Scottish Certificate of Education, 1962
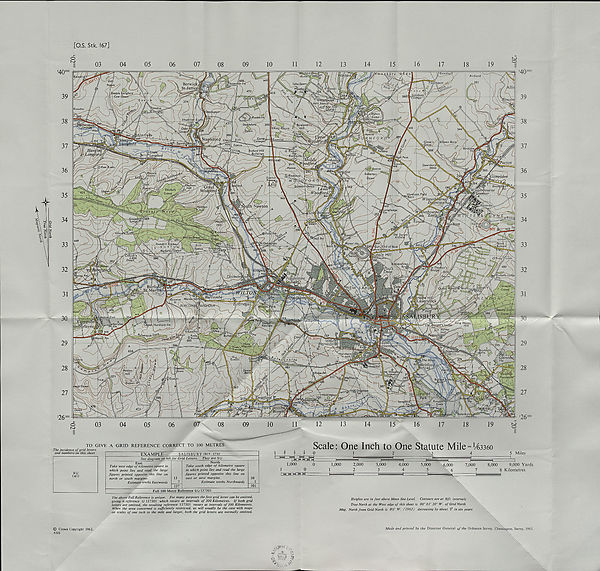
Grid North
True North
[O.S. Stk. 167]
10
11
12
13
14
15
16
17
TO GIVE A GRID REFERENCE CORRECT TO 100 METRES
The incidence of grid letters
and numbers on this sheet
EXAMPLE
SALISBURY (RW STA)
See diagram on left for Grid Letters. They are S U
East
Take west edge of kilometre square in
which point lies and read the large
figures printed opposite this line on
north or south margins.
Estimate tenths Eastwards
137
North
Take south edge of kilometre square
in which point lies and read the large
figures printed opposite this line on
east or west margins.
Estimate tenths Northwards
30 L
301
Full 100 Metre Reference SU 137301
Scale: One Inch to One Statute Mile 1143360
1 i ± i 0
1
2
3
4
5 Miles
1,000
0
1
0
| M H H bn4
1,000
4,000
5,000
4
5
6,000
6
7,000
8,000
9,000 Yards
7
8 Kilometres
The above Full Reference is unique. For many purposes the first grid letter can be omitted,
giving a reference U 137301 which recurs at intervals of 500 Kilometres. If both grid
letters are omitted, the resulting reference 137301 recurs at intervals of 100 Kilometres.
When the area concerned is sufficiently restricted, as will usually be the case with maps
on scales of one inch to the mile and larger, both the grid letters are normally omitted.
Heights are in feet above Mean Sea Level. Contours are at 50ft. intervals
True North at the West edge of this sheet is 00° OF 20" W. of Grid North
Mag. North from Grid North is 8'A° W. (1962) decreasing by about ¥ in six years
© Crown Copyright 1962.
4333
Made and printed by the Director General of the Ordnance Survey. Chessington, Surrey, 1962.
A-
•/>
A •!. fs
a 7 1
ha fT